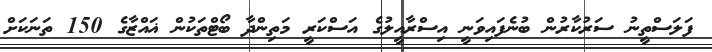
ފަލަސްތީނު ސަރުކާރުން ބުނެފައިވަނީ އިސްރާއީލުގެ އަސްކަރީ މަތިންދާ ބޯޓްތަކުން ޣައްޒާގެ 150 ތަނަކަށް